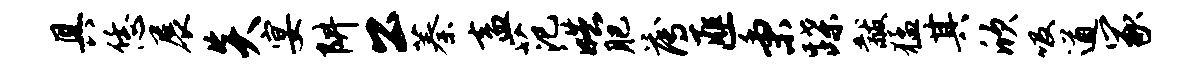
具恁展炎宴阱公蓁盍范皓肥薄匪秉蹀黻猛其欣吸遒冢